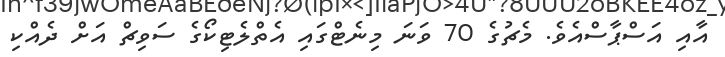
އާއި އަސްޕާސްއެވެ. މެޗުގެ 70 ވަނަ މިނެޓްގައި އެތްލެޓިކޯގެ ސަވިޗް އަށް ދެއްކި